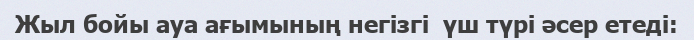
Жыл бойы ауа ағымының негізгі  үш түрі әсер етеді: